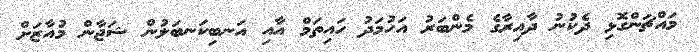
މައްޗަންގޮޅި ދެކުނު ދާއިރާގެ މެންބަރު އަހުމަދު ހައިތަމް އާއި އަނބިކަނބަލުން ޝަޖާން މުއާޒަށް